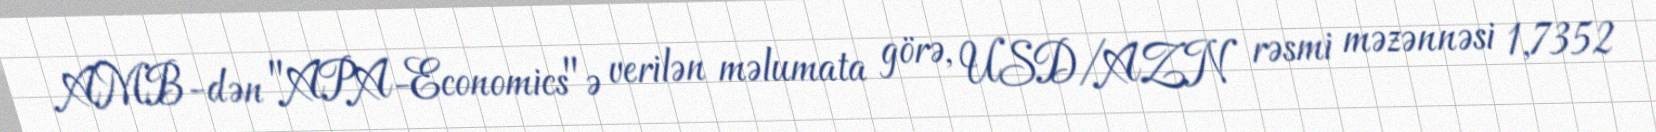
AMB-dən "APA-Economics"ə verilən məlumata görə, USD/AZN rəsmi məzənnəsi 1,7352